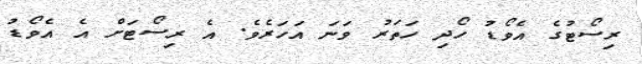
ރިސޯޓުގެ އެވޯޑު ހޯދި ހަތަރު ވަނަ އަހަރެވެ. އެ ރިސޯޓަށް އެ އެވޯޑު